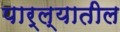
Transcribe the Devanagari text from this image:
पार्ल्यातील